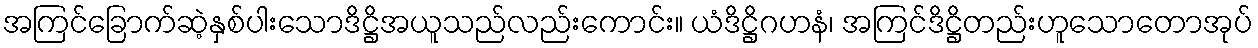
အကြင်ခြောက်ဆဲ့နှစ်ပါးသောဒိဋ္ဌိအယူသည်လည်းကောင်း။ ယံဒိဋ္ဌိဂဟနံ၊ အကြင်ဒိဋ္ဌိတည်းဟူသောတောအုပ်